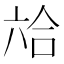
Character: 𰃣